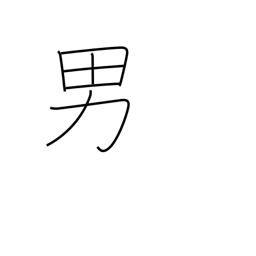
Meaning: male